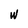
Character: W